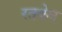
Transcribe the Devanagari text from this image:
रतबेल